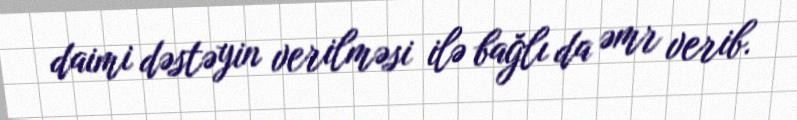
daimi dəstəyin verilməsi ilə bağlı da əmr verib.